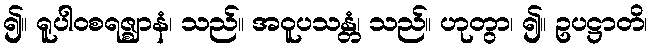
၍။ ရူပါဝစရဇ္ဈာနံ၊ သည်။ အဝူပသန္တံ၊ သည်။ ဟုတွာ၊ ၍။ ဥပဋ္ဌာတိ၊